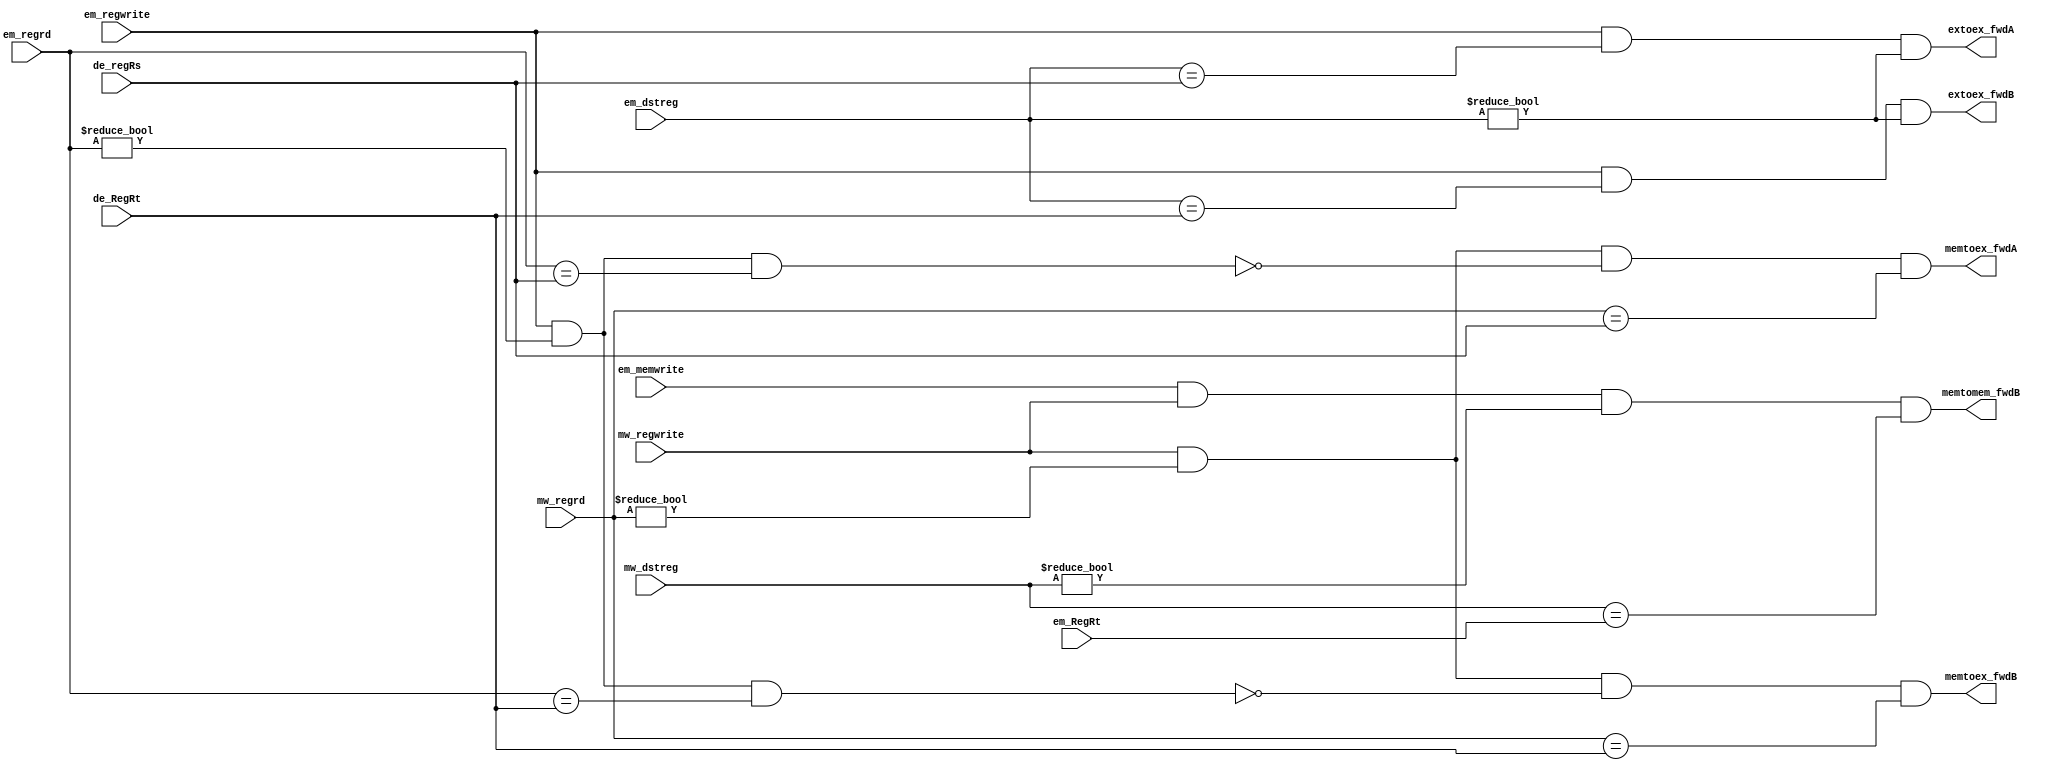
module forwarding_unit(
    input em_regwrite,
    input em_memwrite,
    input mw_regwrite,
    input [3:0] em_dstreg,
    input [3:0] mw_dstreg,
    input [3:0] de_regRs,
    input [3:0] de_RegRt,
    input [3:0] em_RegRt,
    input [3:0] mw_regrd,
    input [3:0] em_regrd,
    output extoex_fwdA,
    output extoex_fwdB,
    output memtomem_fwdB,
    output memtoex_fwdA,
    output memtoex_fwdB
);

assign extoex_fwdA = ( (em_regwrite) & (em_dstreg == de_regRs) & (em_dstreg != 4'b0000) );
assign extoex_fwdB = ( (em_regwrite) & (em_dstreg == de_RegRt) & (em_dstreg != 4'b0000) );
assign memtomem_fwdB = ((em_memwrite) & (mw_regwrite) & (mw_dstreg!= 4'b0000) & (mw_dstreg == em_RegRt));
assign memtoex_fwdA = ((mw_regwrite) & (mw_regrd != 4'h0) & (~((em_regwrite) & (em_regrd != 4'h0) & (em_regrd == de_regRs))) & (mw_regrd == de_regRs));
assign memtoex_fwdB = ((mw_regwrite) & (mw_regrd != 4'h0) & (~((em_regwrite) & (em_regrd != 4'h0) & (em_regrd == de_RegRt))) & (mw_regrd == de_RegRt));

endmodule